Statistical return of the lunatic asylum in Assam - 1912-1932
Year: 1912
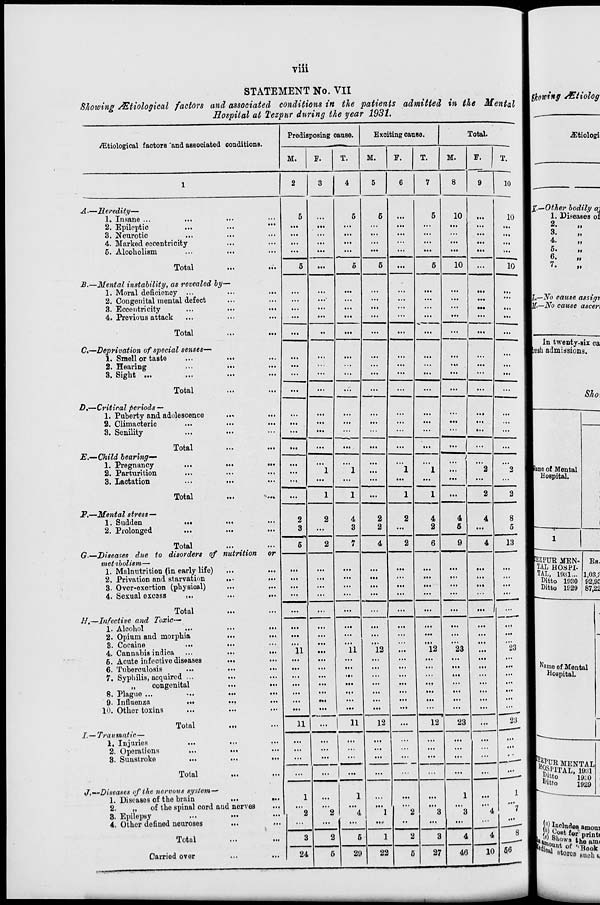
• ••
Vlll
STATEMENT No. VII
Showing Mtiological factors and associated conditions in the patients admitted in the Mental
Hospital at Tezpnr during the year 1931.
/Etiulogical factors "and associated conditions.
Predisposing oanse.
Exciting cause.
Total.
M.
M.
F.
M.
A—Heredity—
1. Insane ...
2. Epileptic
3. Neurotic
4. Marked eccentricity
6. Alcoholism
Total
B.—Mental instability, as revealed by-
1. Moral deficiency ...
2. Congenital mental defect
3. Eccentricity
4. Previous attack
Total
C.—Deprivation of special senses—
1. Smell or taste
2. Hearing
3. Sight ...
Total
D,—Critical periods —
1. Puberty and adolescence
2. Climacteric
3. Senility
E.—Child bearing—
1. Pregnancy
2. Parturition
3. Lactation
JP.—Mental stress—
1. Sudden
2. Prolonged
Total
• •1
Total
...
...
Total
G.—Diseases due to disorders of nutrition or
•metibolism—
1. Malnutrition (in early life)
2. Privation and starvation
...
...
3. Over-exertion (physical)
4. Sexual excass
:..
. Total
H,—Infective and Toxic—
1. Alcohol
...
2. Opium and morphia
8. Cocaine
4. Cannabia indioa
5. Acute infective diseases
6. Tuberculosis
7. Syphilis, acquired ...
„
congenital
8. Plague ...
9. Influenza
10. Other toxins
...
I.— Traumatic—
1. Injuries
2. Operations
8. Sunstroke
Total
...
...
Total
J.~~Discases of the nervous system-"
1. Diseases of the brain
...
2.
„
of tbe spinal cord and nerves
8. Epilepsy
4. Other defined neuroses
11
2
2
4
11
M»
11
11
12
12
Total
Carried over
1
'a
24
F.
29
22
10
10
10
10
10
4
2
4
5
12
23
8
5
13
• •»
12
23
27
4
46
23
23
10
Ukowing JEtiolog
iEtiologi
K- -Oth er bodily OJ
1. Diseases of
2.
it
3.
u
4.
Jl
5.
tt
6.
n
7.
n
-No cause assiqr,
-No cause ascen
In twenty-six ca
Iresii admissions.
Sho,
flame of Mental
Hospital.
EZPUR MEN-
TAL HOSPI-
TAL, mil-
Ditto 1030
Ditto 1929
Es.
1,03.?
92,92
I 87,22
Name of Mental
Hospital.
I^IITAL, 19:51
gjto
19;;0
Ultf o
1929
£ Includes amom
c°( g»t for print.